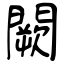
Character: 闕